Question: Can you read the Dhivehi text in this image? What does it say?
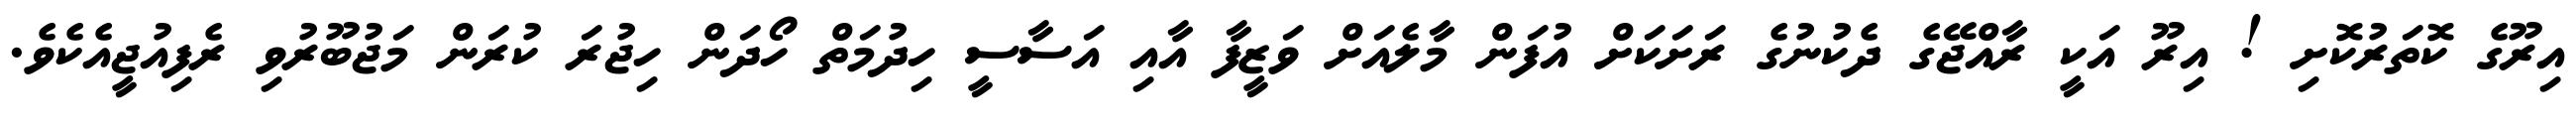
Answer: އިރޫގެ ކޮތަރުކޮށި ! އިރޫ އަކީ ރާއްޖޭގެ ދެކުނުގެ ރަށަކަށް އުފަން މާލެއަށް ވަޒީފާ އާއި އަސާސީ ހިދުމަތް ހޯދަން ހިޖުރަ ކުރަން މަޖުބޫރުވި ރެފިއުޖީއެކެވެ.